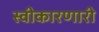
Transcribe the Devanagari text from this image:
स्वीकारणारी